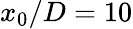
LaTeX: x_{0}/D=10